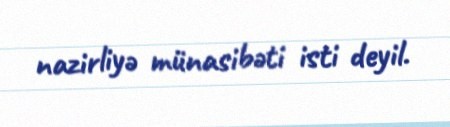
nazirliyə münasibəti isti deyil.